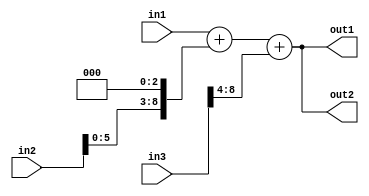
module test(in1, in2, in3, out1, out2);

input [8:0] in1, in2, in3;
output [8:0] out1, out2;

assign out1 = in1 + (in2 << 3) + (in3 >> 4);
assign out2 = in1 + (in2 <<< 3) + (in3 >>> 4);

endmodule